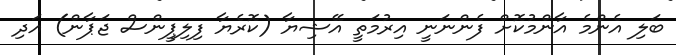
ބަލި އެންމެ އާންމުކޮށް ފެންނަނީ އިރުމަތީ އޭޝިޔާ (ކޮރެޔާ ފިލިޕީންސް ޖަޕާން) އަދި